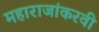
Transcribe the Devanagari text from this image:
महाराजांकरवी